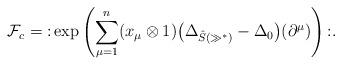
LaTeX: \begin{gather*}\mathcal{F}_c = {:}\exp\left(\sum_{\mu = 1}^n (x_\mu\otimes 1)\big(\Delta_{\hat{S}(\gg^*)}-\Delta_0\big)(\partial^\mu)\right){:}.\end{gather*}